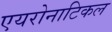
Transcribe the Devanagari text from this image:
एयरोनाटिकल